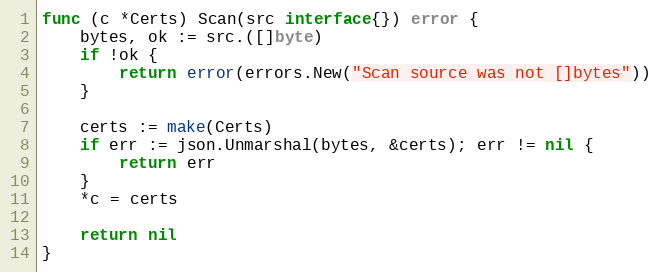
Language: Go
func (c *Certs) Scan(src interface{}) error {
	bytes, ok := src.([]byte)
	if !ok {
		return error(errors.New("Scan source was not []bytes"))
	}

	certs := make(Certs)
	if err := json.Unmarshal(bytes, &certs); err != nil {
		return err
	}
	*c = certs

	return nil
}